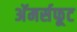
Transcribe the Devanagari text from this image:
अॅमर्सफूट